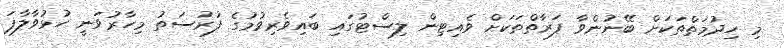
މި ހިދުމަތްތަކަށް ބޭނުންވާ ފަރާތްތަކަށް ވެއިޓިން ލިސްޓުގައި ބައިވެރިވުމުގެ ފުރުސަތު މިހާރުވަނީ ހުޅުވާލާފަ